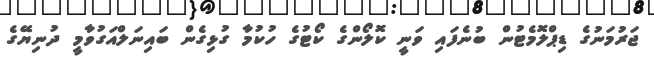
ޖަރުމަނުގެ ޑިޕްލޮމެޓުން ބުނެފައި ވަނީ ކޮލޯންގެ ކޯޓުގެ ހުކުމާ ގުޅިގެން ބައިނަލްއަގުވާމީ ދުނިޔޭގެ